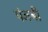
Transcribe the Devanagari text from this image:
पंजबी